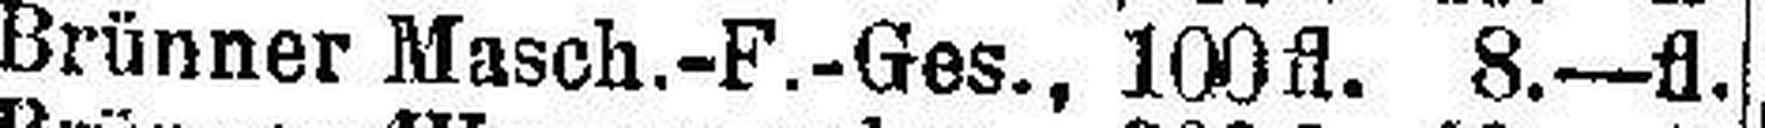
Brünner Masch.-F.-Ges., 100fl. 8.—fl.